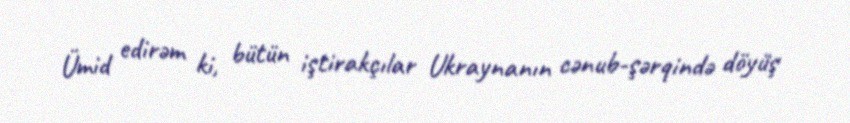
Ümid edirəm ki, bütün iştirakçılar Ukraynanın cənub-şərqində döyüş